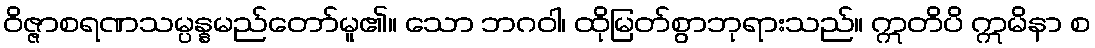
ဝိဇ္ဇာစရဏသမ္ပန္နမည်တော်မူ၏။ သော ဘဂဝါ၊ ထိုမြတ်စွာဘုရားသည်။ ဣတိပိ ဣမိနာ စ